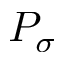
P _ { \sigma }